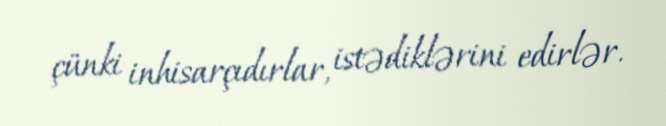
çünki inhisarçıdırlar, istədiklərini edirlər.